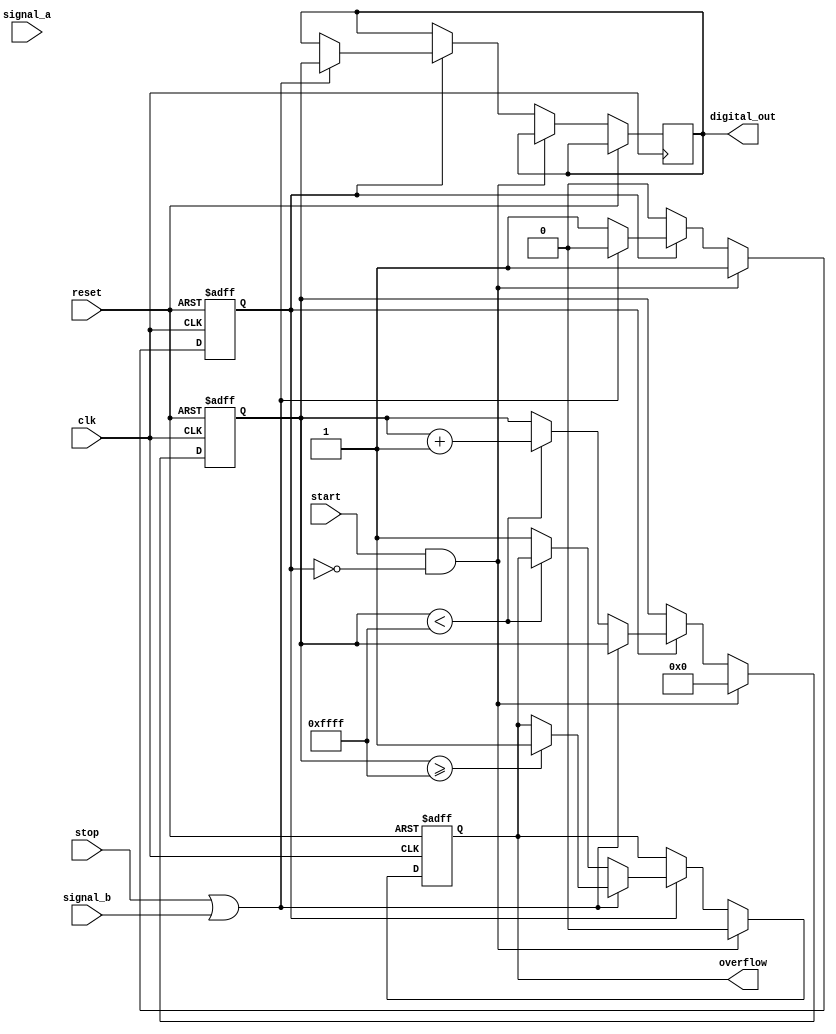
module TDC (
    input wire clk,                // System clock
    input wire reset,              // Reset signal
    input wire start,              // Start measurement signal
    input wire stop,               // Stop measurement signal
    input wire signal_a,           // First signal input
    input wire signal_b,           // Second signal input
    output reg [15:0] digital_out, // Digital output (16-bit for example)
    output reg overflow            // Overflow flag
);

    // Parameters
    parameter DELAY_LINE_LENGTH = 16; // Number of stages in the delay line
    parameter MAX_COUNT = 16'hFFFF;    // Maximum count for overflow

    // Internal signals
    reg [DELAY_LINE_LENGTH-1:0] delay_line; // Delay line
    reg [15:0] counter;                     // Counter for time measurement
    reg measuring;                          // Flag to indicate measuring state

    // Input signal conditioning (Schmitt Trigger simulation)
    wire conditioned_signal_a;
    wire conditioned_signal_b;

    // Simple Schmitt trigger implementation
    assign conditioned_signal_a = signal_a; // Placeholder for actual Schmitt trigger logic
    assign conditioned_signal_b = signal_b; // Placeholder for actual Schmitt trigger logic

    // Delay line implementation
    always @(posedge clk or posedge reset) begin
        if (reset) begin
            delay_line <= 0;
        end else begin
            delay_line <= {conditioned_signal_a, delay_line[DELAY_LINE_LENGTH-1:1]};
        end
    end

    // Counter implementation
    always @(posedge clk or posedge reset) begin
        if (reset) begin
            counter <= 0;
            overflow <= 0;
            measuring <= 0;
        end else if (start && !measuring) begin
            measuring <= 1;
            counter <= 0;
            overflow <= 0;
        end else if (measuring) begin
            if (stop || conditioned_signal_b) begin
                measuring <= 0;
                digital_out <= counter;
                if (counter >= MAX_COUNT) begin
                    overflow <= 1; // Set overflow flag if counter exceeds max count
                end
            end else begin
                if (counter < MAX_COUNT) begin
                    counter <= counter + 1; // Increment counter
                end else begin
                    overflow <= 1; // Set overflow flag if counter exceeds max count
                end
            end
        end
    end

endmodule